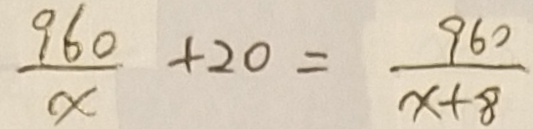
\frac { 9 6 0 } { x } + 2 0 = \frac { 9 6 0 } { x + 8 }